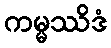
ကမ္မဿိဒံ